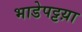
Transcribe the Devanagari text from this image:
भाडेपट्टय़ा